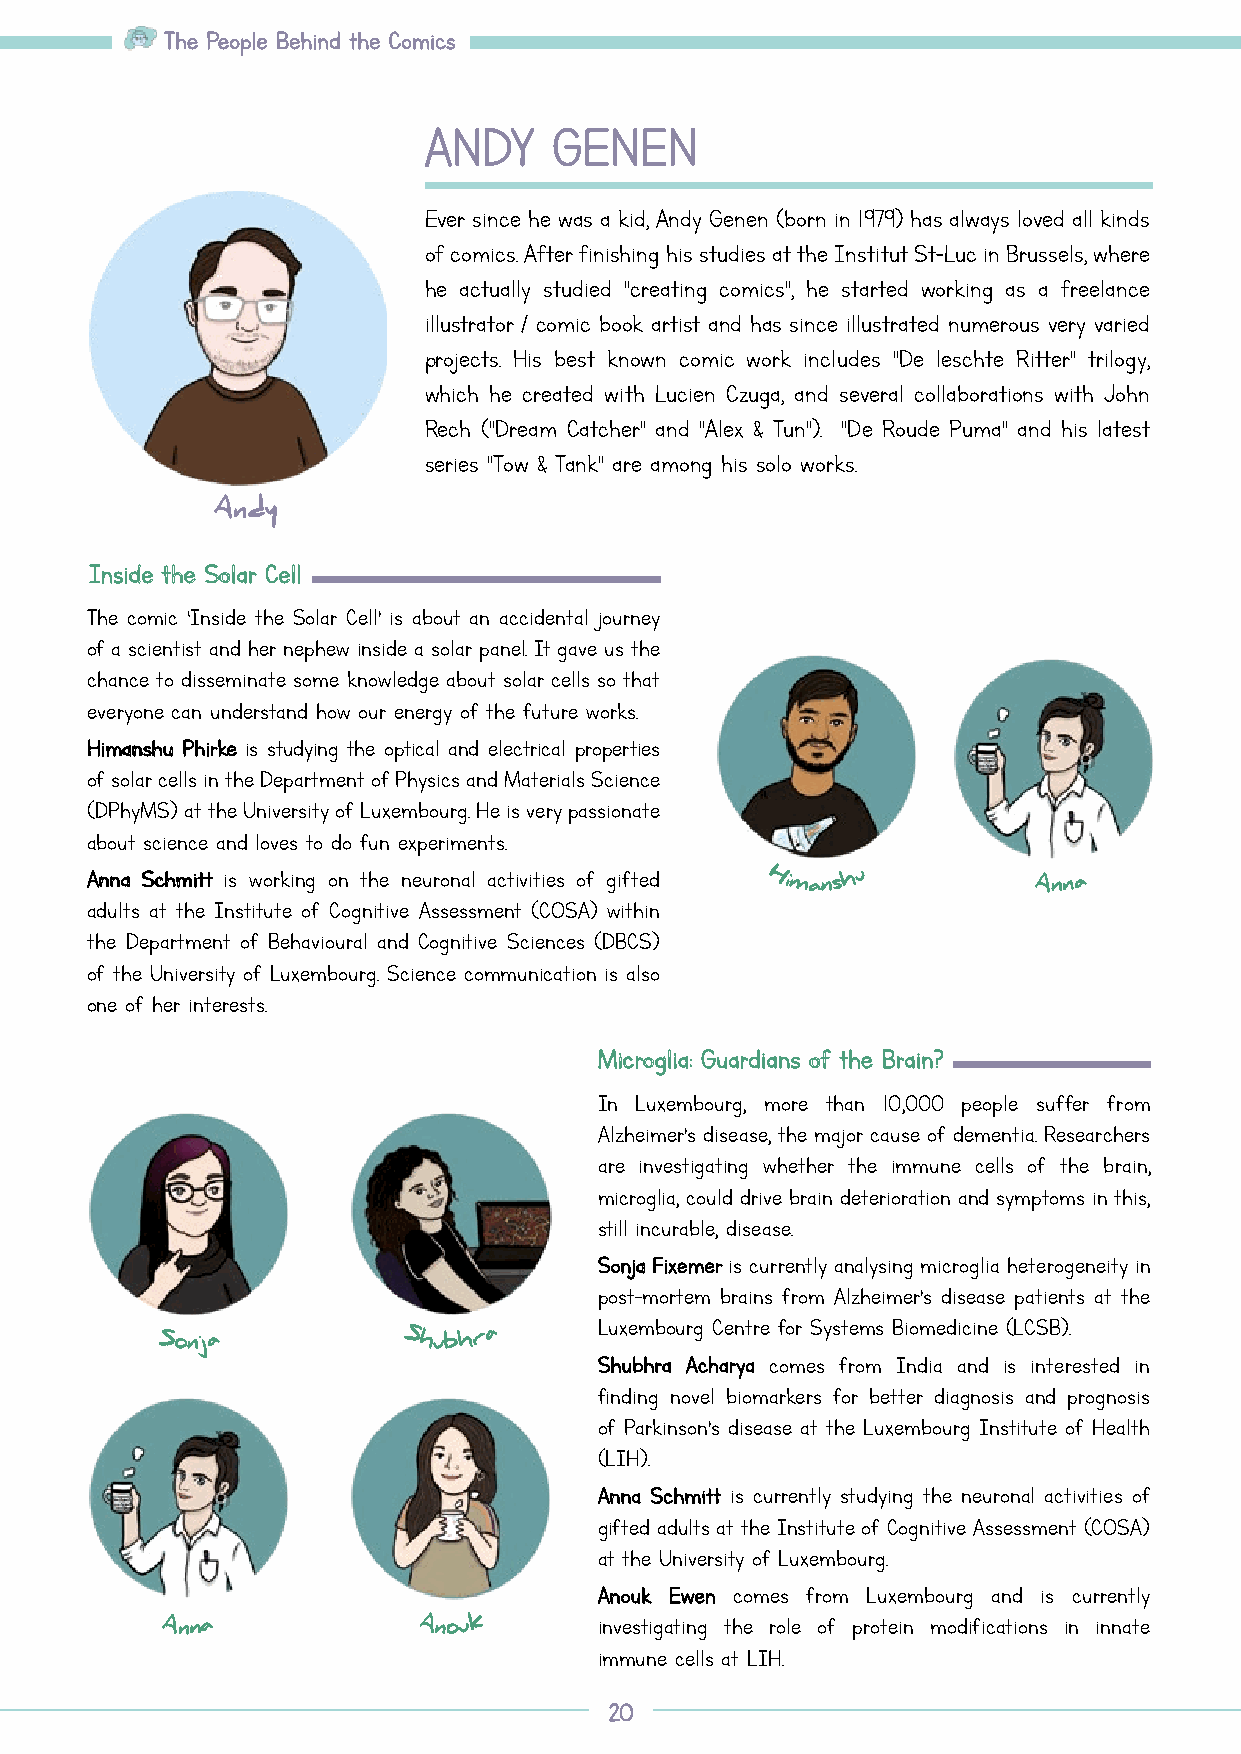
TThhee PPeeooppllee BBeehhiinndd tthhee CCoommiiccss
 AANNDDYY GGEENNEENN
 Ever since he was a kid, Andy Genen (born in 1979) has always loved all kinds
 of comics. After finishing his studies at the Institut St-Luc in Brussels, where
 he actually studied "creating comics", he started working as a freelance
 illustrator / comic book artist and has since illustrated numerous very varied
 projects. His best known comic work includes "De leschte Ritter" trilogy,
 which he created with Lucien Czuga, and several collaborations with John
 Rech ("Dream Catcher" and "Alex & Tun"). "De Roude Puma" and his latest
 series "Tow & Tank" are among his solo works.
 Andy
 IInnssiiddee tthhee SSoollaarr CCeellll
 The comic ‘Inside the Solar Cell’ is about an accidental journey
 of a scientist and her nephew inside a solar panel. It gave us the
 chance to disseminate some knowledge about solar cells so that
 everyone can understand how our energy of the future works.
 HHiimmaannsshhuu PPhhiirrkkee is studying the optical and electrical properties
 of solar cells in the Department of Physics and Materials Science
 (DPhyMS) at the University of Luxembourg. He is very passionate
 about science and loves to do fun experiments.
 AAnnnnaa SScchhmmiitttt is working on the neuronal activities of gifted Himansh u Anna
 adults at the Institute of Cognitive Assessment (COSA) within
 the Department of Behavioural and Cognitive Sciences (DBCS)
 of the University of Luxembourg. Science communication is also
 one of her interests.
 MMiiccrroogglliiaa:: GGuuaarrddiiaannss ooff tthhee BBrraaiinn??
 In Luxembourg, more than 10,000 people suffer from
 Alzheimer’s disease, the major cause of dementia. Researchers
 are investigating whether the immune cells of the brain,
 microglia, could drive brain deterioration and symptoms in this,
 still incurable, disease.
 SSoonnjjaa FFiixxeemmeerr is currently analysing microglia heterogeneity in
 post-mortem brains from Alzheimer’s disease patients at the
 Luxembourg Centre for Systems Biomedicine (LCSB).
 Sonja           Shubhr a
 SShhuubbhhrraa AAcchhaarryyaa comes from India and is interested in
 finding novel biomarkers for better diagnosis and prognosis
 of Parkinson’s disease at the Luxembourg Institute of Health
 (LIH).
 AAnnnnaa SScchhmmiitttt is currently studying the neuronal activities of
 gifted adults at the Institute of Cognitive Assessment (COSA)
 at the University of Luxembourg.
 AAnnoouukk EEwweenn comes from Luxembourg and is currently
 Anna            Anouk        investigating the role of protein modifications in innate
 immune cells at LIH.
 2200